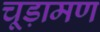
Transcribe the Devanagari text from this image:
चूड़ामण